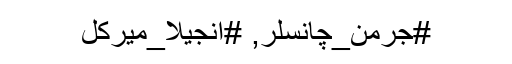
#جرمن_چانسلر, #انجیلا_میرکل